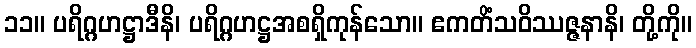
၁၁။ ပရိဂ္ဂဟဋ္ဌာဒီနိ၊ ပရိဂ္ဂဟဋ္ဌအစရှိကုန်သော။ ဧကတိံသဝိဿဇ္ဇနာနိ၊ တို့ကို။